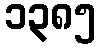
၁၃၈၅